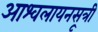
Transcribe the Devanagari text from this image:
आश्वलायनसूत्री